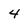
Character: 4